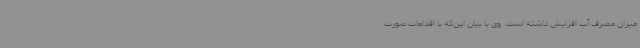
میزان مصرف آب افزایش داشته است. وی با بیان این‌که با اقدامات صورت